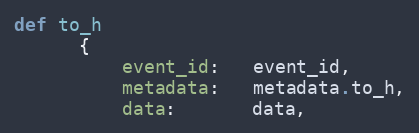
Language: Ruby
def to_h
      {
          event_id:   event_id,
          metadata:   metadata.to_h,
          data:       data,